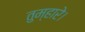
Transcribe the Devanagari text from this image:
तुम्हारे।